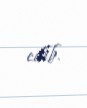
edib.